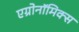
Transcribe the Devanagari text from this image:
एग्रोनॉमिक्स